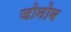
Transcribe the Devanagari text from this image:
जोनोब